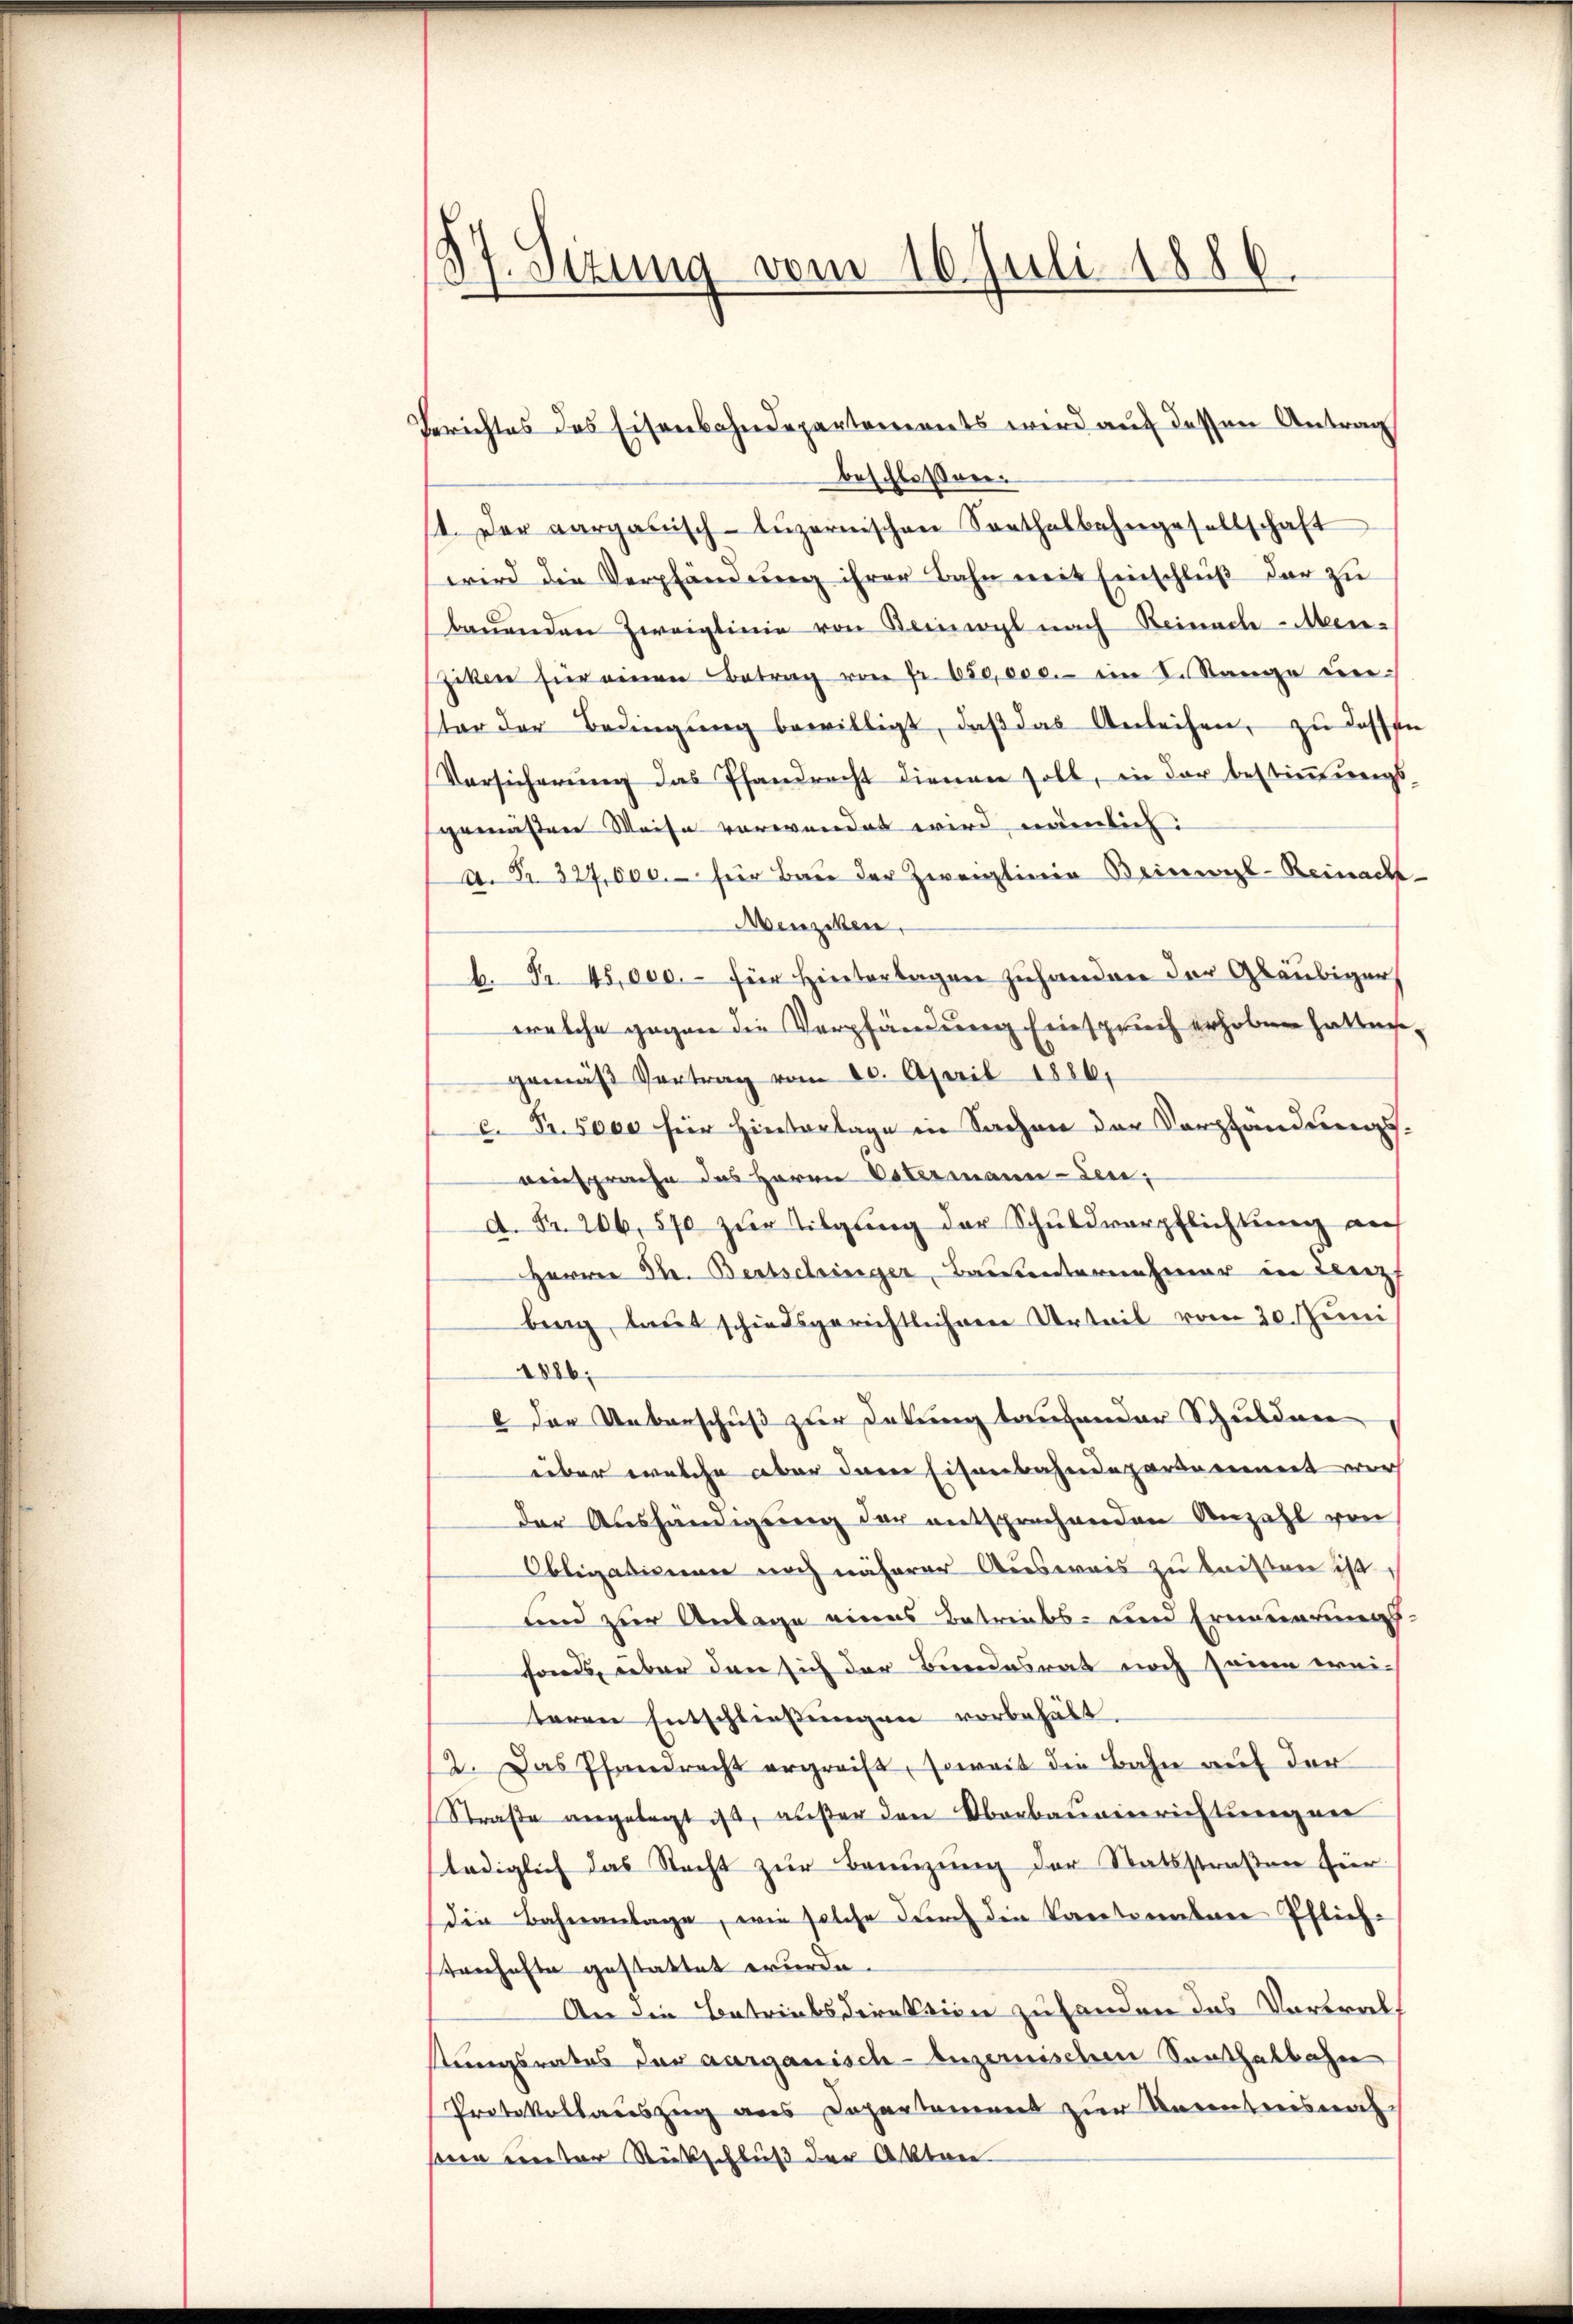
37. Setzung vom 16. Juli 1886.

Berichtes des Eisenbahndepartements wird auf dessen Antrag
beschloßner.
/1. Der aargauisch-Lŭzernischen Santhalbahngesellschaft
wird die Verpfändung ihrer Bahn mit Einschluß der zu
baŭenden Zweiglinie von Beinwyl nach Reinach-Men-
Ziken für einen Betrag von fr. 650,000.- im 2. Sänge unter der Bedingŭng bewilligt, daβ das Anleihen, zu lassen
Vorsicherung das Pfandrecht dienen soll, in der bestimmungs-
gemäßen Weise verwendet wird, nämlich
A. Fr. 327,000.- für Bau der Zweiglinie Beinwyl-Reinach¬
Menziken,
b. Fr. 45,000.- für Hinterlagen zuhanden der Gläubiger
welche gegen die Verpfändung Einspruch erhoben hatten,
gemäß Vertrag vom 20. April 1886.
c. Fr. 5000 für Hintertage in Sachen der Verpfändungs-
einsprache das Herrn Estermann-Len;
A. Fr. 206,570 zur Tilgung der Schuldverpflichtung auf
Herrn Ph. Bertschinger Bauunternehmer in Lenzf
bing laut schiedsgerichtlichen Urteil vom 20. Juni
1886,
 der Ueberschuß zur Detung taufender Schulden
über welche aber den Eisenbahndepartement wur
der Aushändigung der entsprechenden Anzahl von
Obligationen noch näherer Ausweis zu leisten ist,
und zur Anlage eines Betriebs- und Ernennerungs-
sfonds, über den sich der Bundesrat noch seine wei-
teren Entschließungen vorbehält.
12. Das Pfandrecht ergreift, soweit die Bahn auf der
Straße angelegt ist, außer den Oberbaueinrichtung ner
lediglich das Recht zur Benuzung der Statsstraßen hier
die Bahnantage, wie solche durch die Partenbare Pflich-
tanhafte gestattet wurde.
An die Betriebsdirektion zuhanden das Vorwalt
stungsrates der aargauisch-luzernischen Santhalbahn
Protokollauszug aus Departement zur Racentreis nach
sern unter Rückschluß der Akten